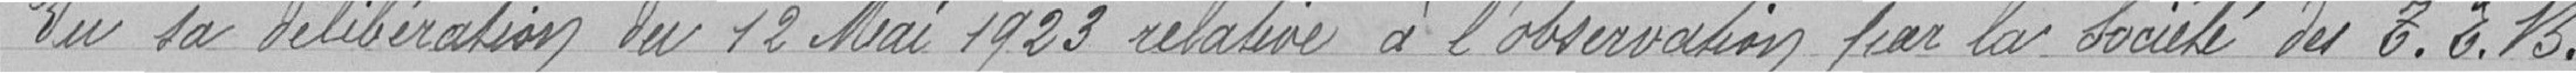
Vu sa délibération du 12 Mai 1923 relative à l'observation par la Société des T.E.B.